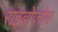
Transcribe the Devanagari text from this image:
राइबोजोम